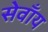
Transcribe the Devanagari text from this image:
सेवाँय